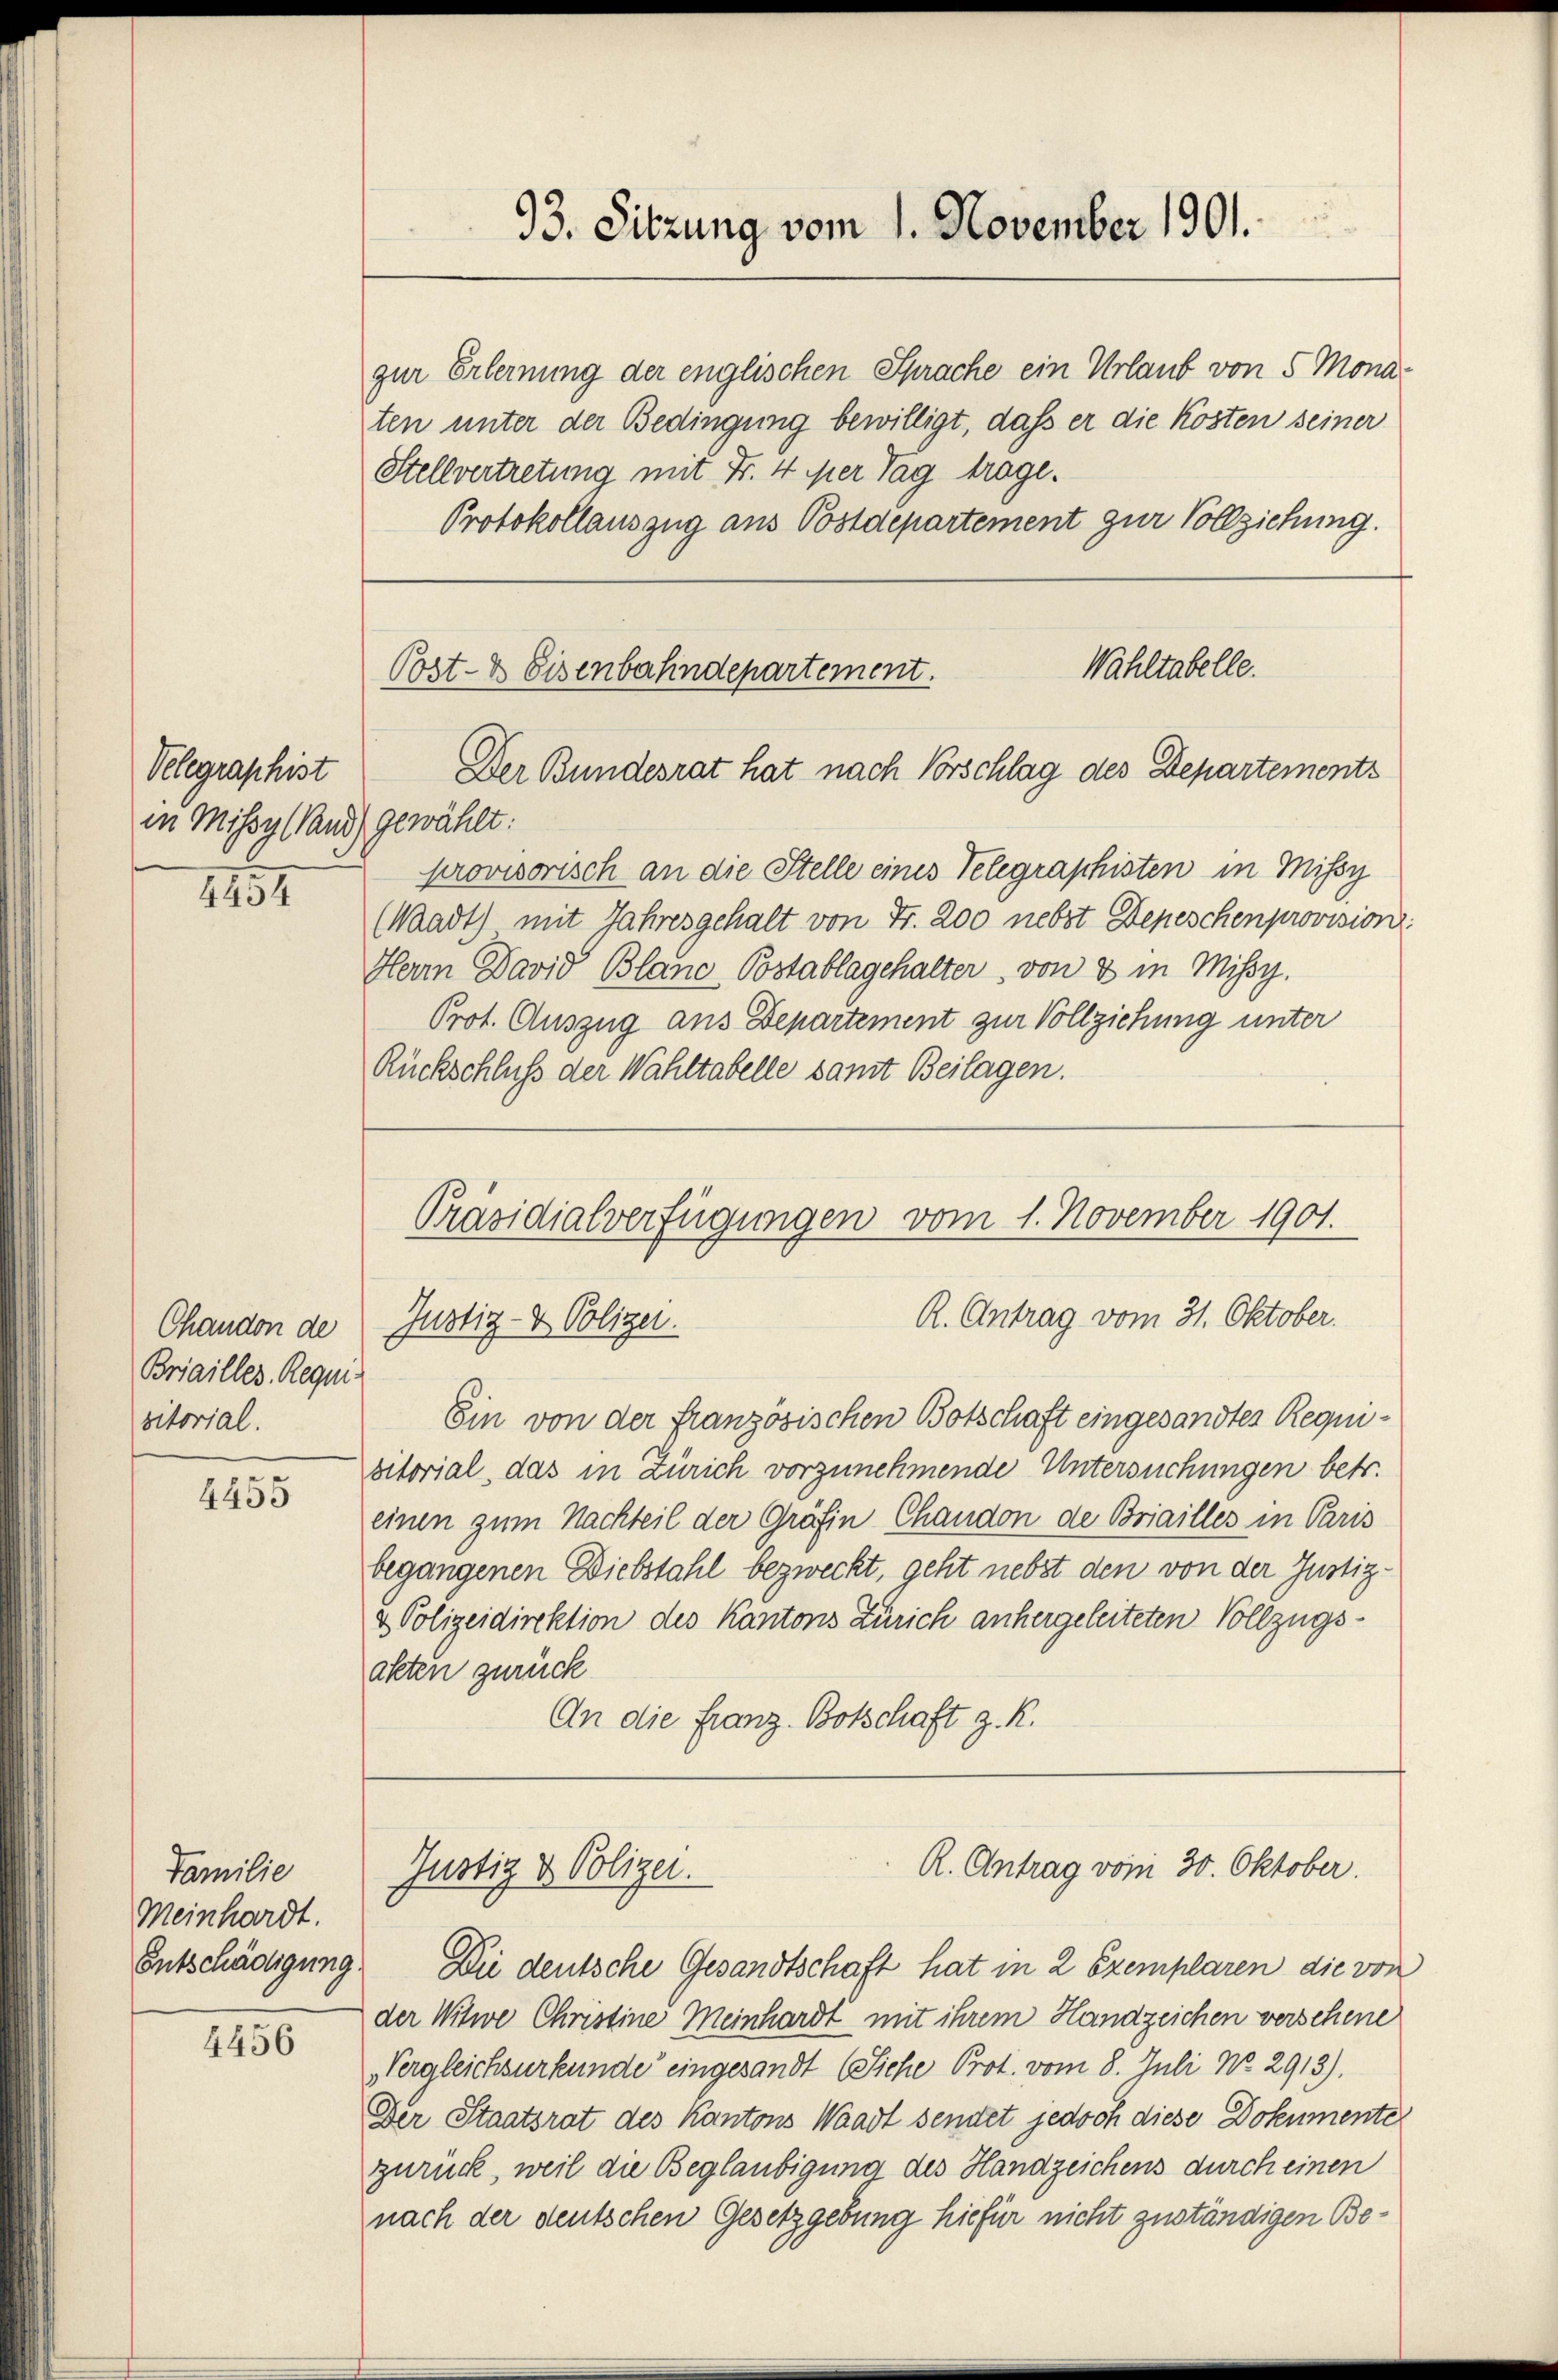
Velegraphist
in Missy (Sand) gewählt:

1854

Briailles Requis
sitorial.

4455

Familie
Meinhardt.
Entschädigung

4456

zur Erlernung der englischen Sprache ein Urlaub von 5 Monaten unter der Bedingung bewilligt, daß er die Kosten seiner
Stellvertretung mit Fr. 4 per Tag trage.
Protokollauszug aus Postdepartement zur Vollziehung.

provisorisch an die Stelle eines Telegraphisten in Missy
(Wadt) mit Jahresgehalt von Fr. 200 nebst Depeschenprovision.
Herrn David Blanc Postablagehalter, von 8 in Missy.
Prot. Auszug aus Departement zur Vollziehung unter
Rückschluß der Wahltabelle samt Beilagen.

93. Sitzung vom 1. November 1901.

Wahltabelle.
Post- & Eisenbahndepartement.
Der Bundesrat hat nach Vorschlag des Departements

Ein von der französischen Botschaft eingesandter Requisitorial, das in Zürich vorzunehmende Untersuchungen betr.
einen zum Nachteil der Gräfin Chaudon de Briailles in Paris
begangenen Diebstahl bezweckt, geht nebst den von der Justiz-
& Polizeidirektion des Kantons Zürich anhergeleiteten Vollzugsakten zurück
An die Franz Botschaft z. R.

Präsidialverfügungen vom 1. November 1901.
R. Antrag vom 31. Oktober.
Chanden de Justiz- & Polizei.

Justiz & Polizei.

R. Antrag vom 30. Oktober.

Die deutsche Gesandtschaft hat in 2 Exemplaren die von
der Witwe Christine Meinhardt mit ihrem Handzeichen verschene
Vergleichsurkunde eingesandt (Siche Prot. vom 8. Juli No. 2913).
Der Staatsrat des Kantons Waadt sennet jedoch diese Dokumente
zurück, weil die Beglaubigung des Handzeichens durch einen
nach der deutschen Gesetzgebung hiefür nicht zuständigen Be¬